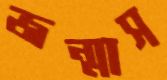
জন্মাস